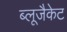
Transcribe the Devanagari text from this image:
ब्लूजैकेट